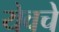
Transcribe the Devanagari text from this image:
येवचे